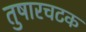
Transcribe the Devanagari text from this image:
तुषारचटक